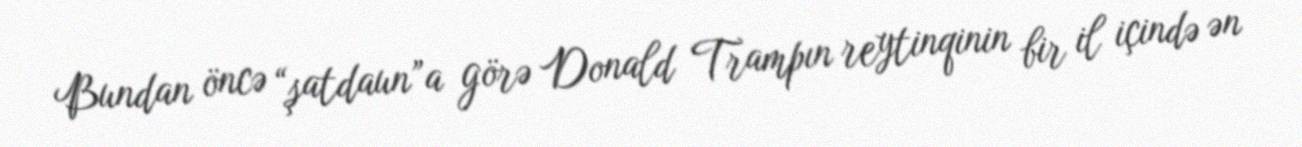
Bundan öncə “şatdaun”a görə Donald Trampın reytinqinin bir il içində ən